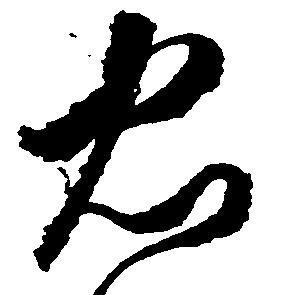
忠